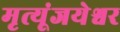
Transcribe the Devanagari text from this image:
मृत्यूंजयेश्वर